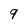
Character: 9